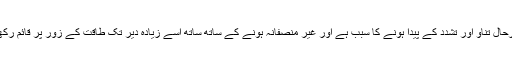
یہ صورت حال بہرحال تناو اور تشدد کے پیدا ہونے کا سبب ہے اور غیر منصفانہ ہونے کے ساتھ ساتھ اسے زیادہ دیر تک طاقت کے زور پر قائم رکھنا بھی ممکن نہیں۔